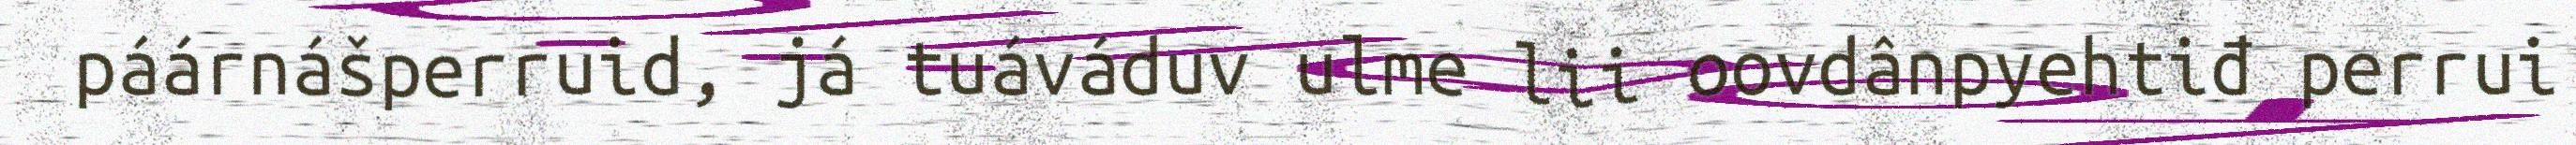
páárnášperruid, já tuáváduv ulme lii oovdânpyehtiđ perrui